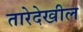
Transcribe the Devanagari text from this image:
तारेदेखील